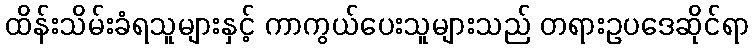
ထိန်းသိမ်းခံရသူများနှင့် ကာကွယ်ပေးသူများသည် တရားဥပဒေဆိုင်ရာ